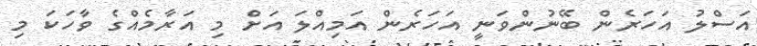
އަސްލު އަހަރެން ބޭނުންވަނީ އަހަރެން އަމިއްލަ އަށް މި އަރާމެއްގެ ވާހަކަ މި